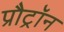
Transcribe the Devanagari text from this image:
प्रौट्रॉन